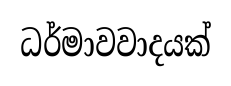
ධර්මාවවාදයක්